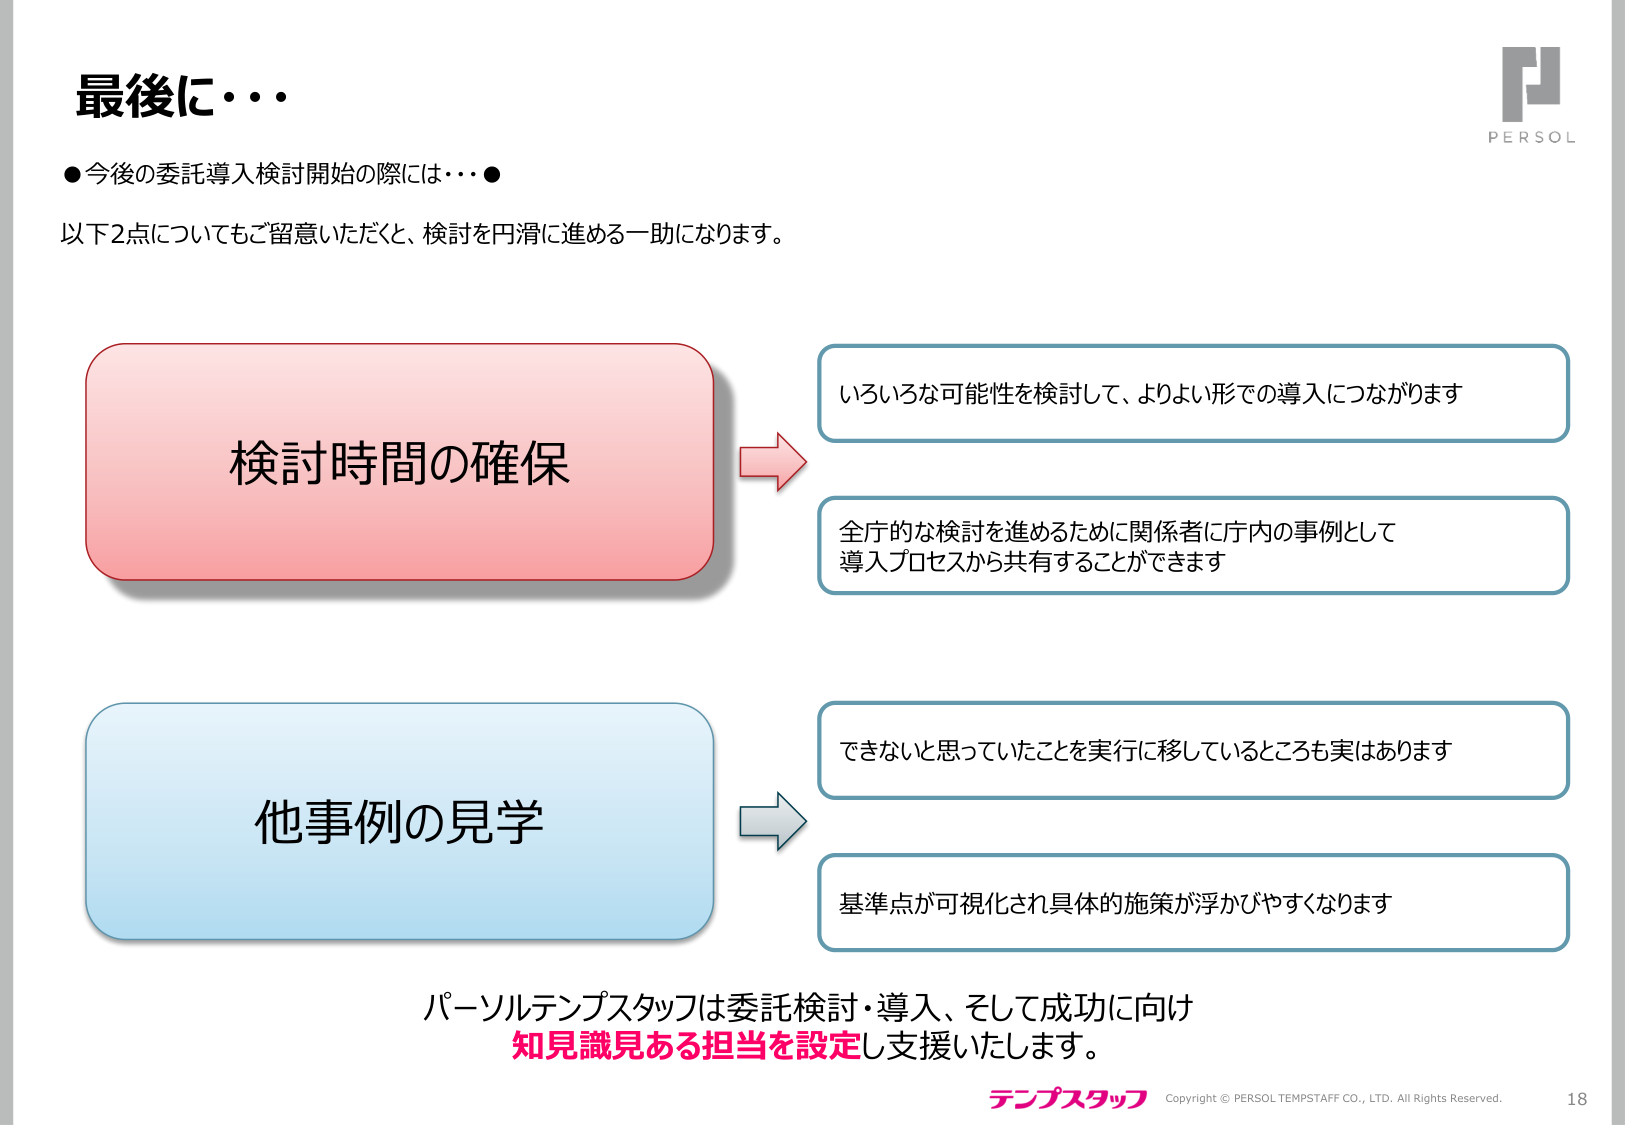
最後に・・・
●今後の委託導入検討開始の際には・・・●
以下2点についてもご留意いただくと、検討を円滑に進める一助になります。

検討時間の確保
→ いろいろな可能性を検討して、よりよい形での導入につながります
→ 全庁的な検討を進めるために関係者に庁内の事例として導入プロセスから共有することができます

他事例の見学
→ できないと思っていたことを実行に移しているところも実はあります
→ 基準点が可視化され具体的施策が浮かびやすくなります

パーソルテンプスタッフは委託検討・導入、そして成功に向け
知見識見ある担当を設定し支援いたします。

テンプスタッフ
Copyright © PERSOL TEMPSTAFF CO., LTD. All Rights Reserved.
18
PERSOL